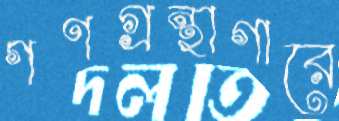
গণগ্রন্থাগারে